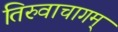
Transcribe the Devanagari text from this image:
तिरुवाचागम्‌